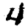
Digit: 4